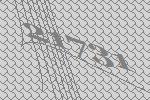
21731